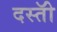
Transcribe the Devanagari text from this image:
दस्तोॅ